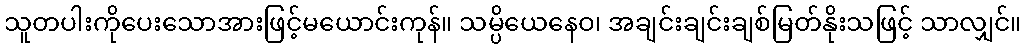
သူတပါးကိုပေးသောအားဖြင့်မယောင်းကုန်။ သမ္ပိယေနေဝ၊ အချင်းချင်းချစ်မြတ်နိုးသဖြင့် သာလျှင်။